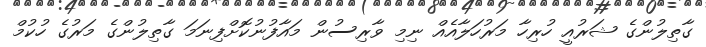
ގާތިލުންގެ ޝަރުއީ ހުރިހާ މަރުހަލާއެއް ނިމި ވާރިސުން މައާފުނުކޮށްފިނަމަ ގާތިލުންގެ މަރުގެ ހުކުމް